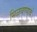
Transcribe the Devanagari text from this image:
मिळवण्याचं